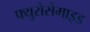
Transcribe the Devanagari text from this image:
फ्युरोसेमाइड